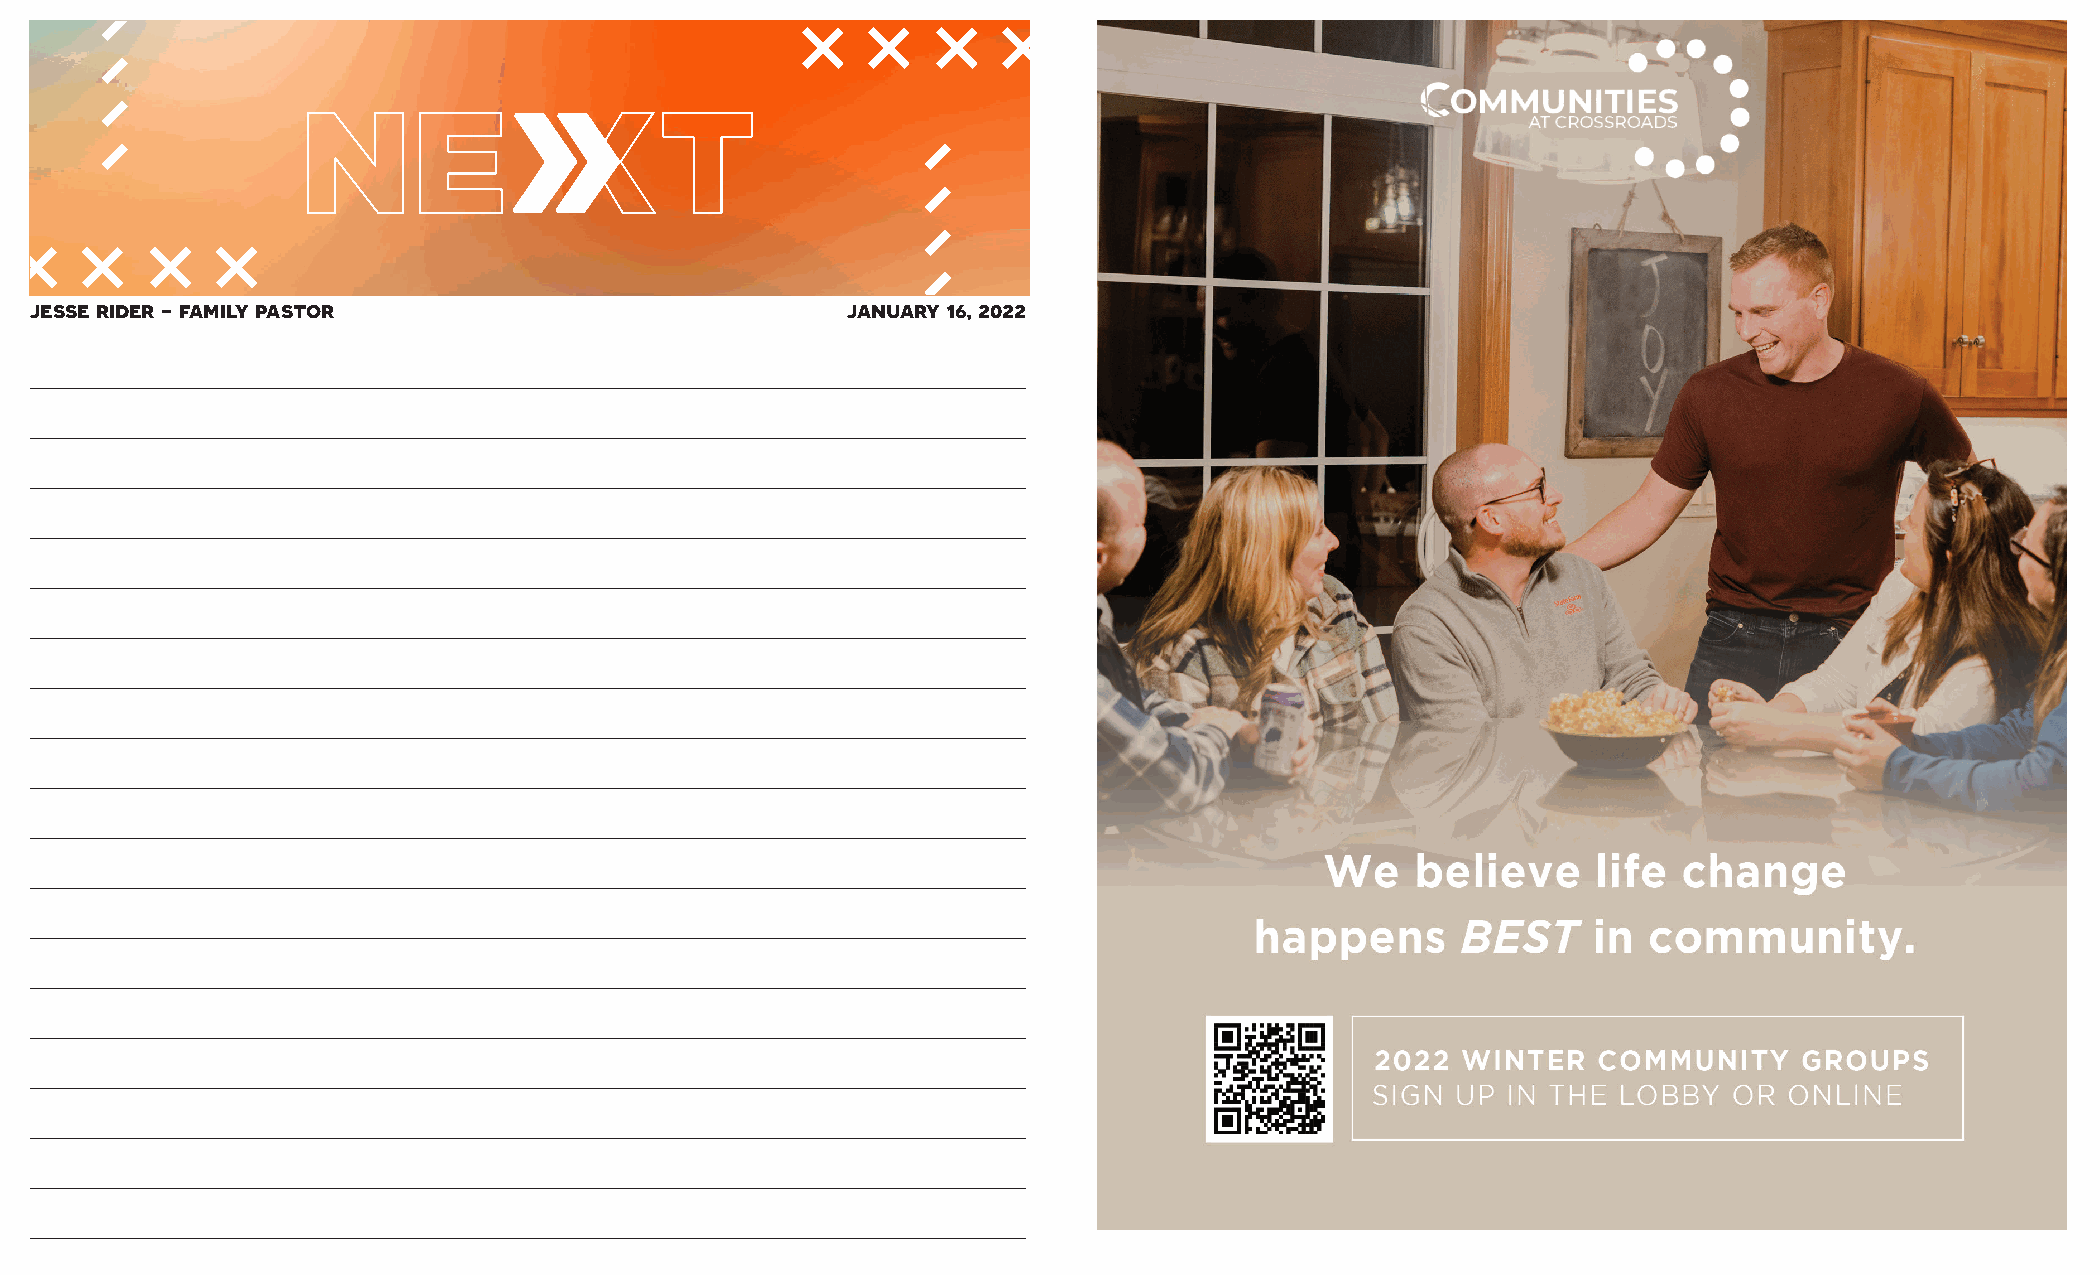
Open:
 jesse rider - family pastor                           january 16, 2022
 ______________________________________________________________________________________
 ______________________________________________________________________________________
 ______________________________________________________________________________________
 ______________________________________________________________________________________
 ______________________________________________________________________________________
 ______________________________________________________________________________________
 ______________________________________________________________________________________
 ______________________________________________________________________________________
 ______________________________________________________________________________________
 ______________________________________________________________________________________
 ______________________________________________________________________________________
 ______________________________________________________________________________________
 Pray: ______________________________________________________________________________________
 ______________________________________________________________________________________
 ______________________________________________________________________________________
 ______________________________________________________________________________________
 ______________________________________________________________________________________
 ______________________________________________________________________________________